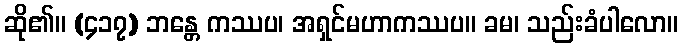
ဆို၏။ (၄၁၇) ဘန္တေ ကဿပ၊ အရှင်မဟာကဿပ။ ခမ၊ သည်းခံပါလော။